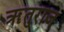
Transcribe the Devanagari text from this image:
ॠतुराज